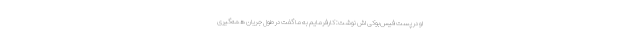
او در پست فیس‌بوکی اش نوشت: کارفرمایم به ما گفت در طول جریان همه‌گیری